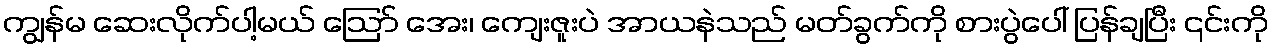
ကျွန်မ ဆေးလိုက်ပါ့မယ် ဪ အေး၊ ကျေးဇူးပဲ အာယနဲသည် မတ်ခွက်ကို စားပွဲပေါ် ပြန်ချပြီး ၎င်းကို